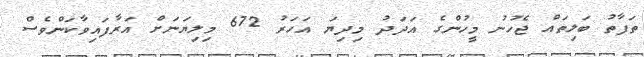
ތަފާތު ބަލިތައް ޖެހުނު މީހުންގެ އަދަދު މިދިޔަ އަހަރު 672 މިލިޔަނަށް އަރާފައިވާކަންވެސް